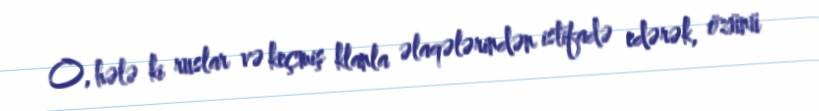
O, hələ ki ruslar və keçmiş klanla əlaqələrindən istifadə edərək, özünü